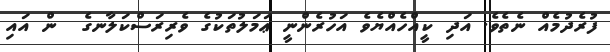
ފުރެދުމެއް ނެތެވެ. އަދި ކީއްހެއްޔެވެ އަހުރެންނީ ޢަމަލުތަކުގެ ވެރިރަސްކަލާނގެ  ން އައި